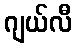
ဂျယ်လီ